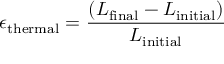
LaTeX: \epsilon _ { \mathrm { t h e r m a l } } = { \frac { ( L _ { \mathrm { f i n a l } } - L _ { \mathrm { i n i t i a l } } ) } { L _ { \mathrm { i n i t i a l } } } }